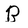
Character: R